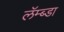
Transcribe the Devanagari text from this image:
लॅम्ब्डा